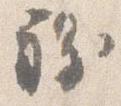
程